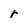
Character: r